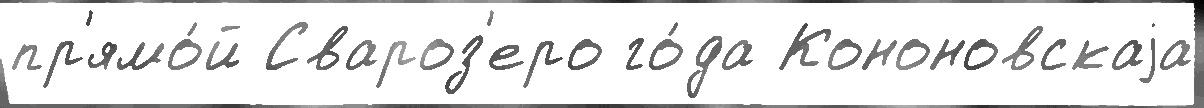
пр'ямо́й Свароз'еро го́да Кононовскаjа